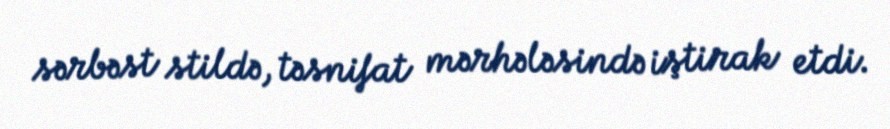
sərbəst stildə, təsnifat mərhələsində iştirak etdi.